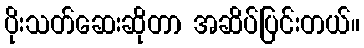
ပိုးသတ်ဆေးဆိုတာ အဆိပ်ပြင်းတယ်။